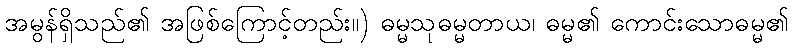
အမွန်ရှိသည်၏ အဖြစ်ကြောင့်တည်း။) ဓမ္မသုဓမ္မတာယ၊ ဓမ္မ၏ ကောင်းသောဓမ္မ၏